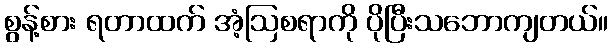
စွန့်စား ရတာထက် အံ့ဩစရာကို ပိုပြီးသဘောကျတယ်။